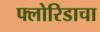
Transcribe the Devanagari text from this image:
फ्लोरिडाचा